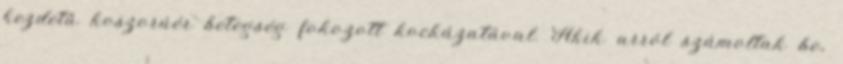
kezdetű koszorúér betegség fokozott kockázatával. Akik arról számoltak be,